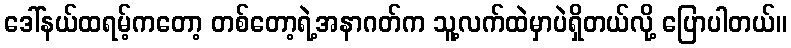
ဒေါ်နယ်ထရမ့်ကတော့ တစ်တော့ရဲ့အနာဂတ်က သူ့လက်ထဲမှာပဲရှိတယ်လို့ ပြောပါတယ်။